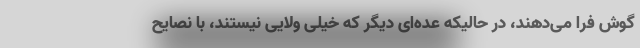
گوش فرا می‌دهند، در حالیکه عده‌ای دیگر که خیلی ولایی نیستند، با نصایح